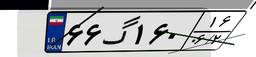
۶۶گ۱۶۰۱۶